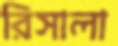
রিসালা